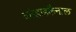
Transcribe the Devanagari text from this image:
कोडाइकैनाल